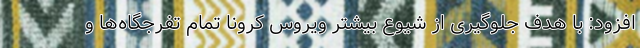
افزود: با هدف جلوگیری از شیوع بیشتر ویروس کرونا تمام تفرجگاه‌ها و